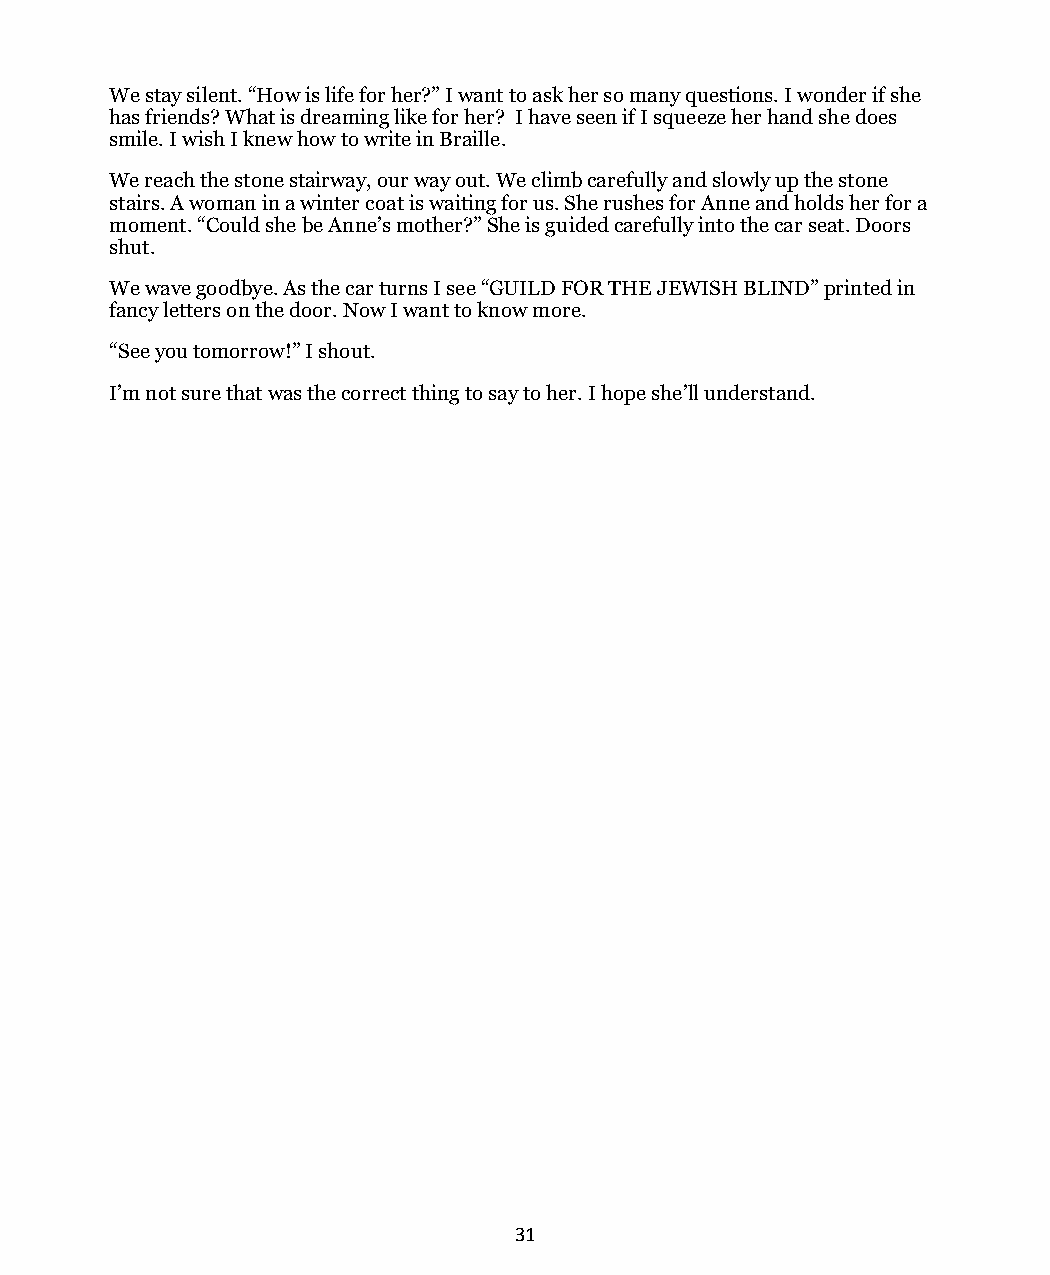
We stay silent. “How is life for her?” I want to ask her so many questions. I wonder if she
 has friends? What is dreaming like for her? I have seen if I squeeze her hand she does
 smile. I wish I knew how to write in Braille.
 We reach the stone stairway, our way out. We climb carefully and slowly up the stone
 stairs. A woman in a winter coat is waiting for us. She rushes for Anne and holds her for a
 moment. “Could she be Anne’s mother?” She is guided carefully into the car seat. Doors
 shut.
 We wave goodbye. As the car turns I see “GUILD FOR THE JEWISH BLIND” printed in
 fancy letters on the door. Now I want to know more.
 “See you tomorrow!” I shout.
 I’m not sure that was the correct thing to say to her. I hope she’ll understand.
 31